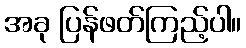
အခု ပြန်ဖတ်ကြည့်ပါ။